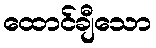
ထောင်ချီသော